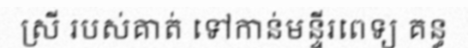
ស្រី របស់គាត់ ទៅកាន់មន្ទីរពេទ្យ គន្ធ